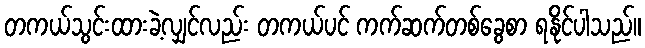
တကယ်သွင်းထားခဲ့လျှင်လည်း တကယ်ပင် ကက်ဆက်တစ်ခွေစာ ရနိုင်ပါသည်။